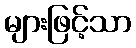
များဖြင့်သာ